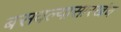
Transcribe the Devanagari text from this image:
बसवल्यासारखंच